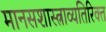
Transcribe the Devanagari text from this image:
मानसशास्त्राव्यतिरिक्त